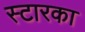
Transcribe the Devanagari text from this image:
स्टारका